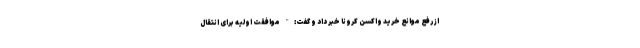
از رفع موانع خرید واکسن کرونا خبر داد و گفت:" موافقت اولیه برای انتقال